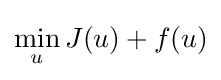
\min _{u}J(u)+f(u)